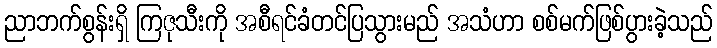
ညာဘက်စွန်းရှိ ကြဇုသီးကို အစီရင်ခံတင်ပြသွားမည် အသံဟာ စစ်မက်ဖြစ်ပွားခဲ့သည်